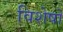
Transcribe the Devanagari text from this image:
विशेषो